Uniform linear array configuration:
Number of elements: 16
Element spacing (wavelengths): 0.25
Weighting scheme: cosine
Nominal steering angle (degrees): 30
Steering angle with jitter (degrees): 28.132
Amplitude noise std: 0.05
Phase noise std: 0.05

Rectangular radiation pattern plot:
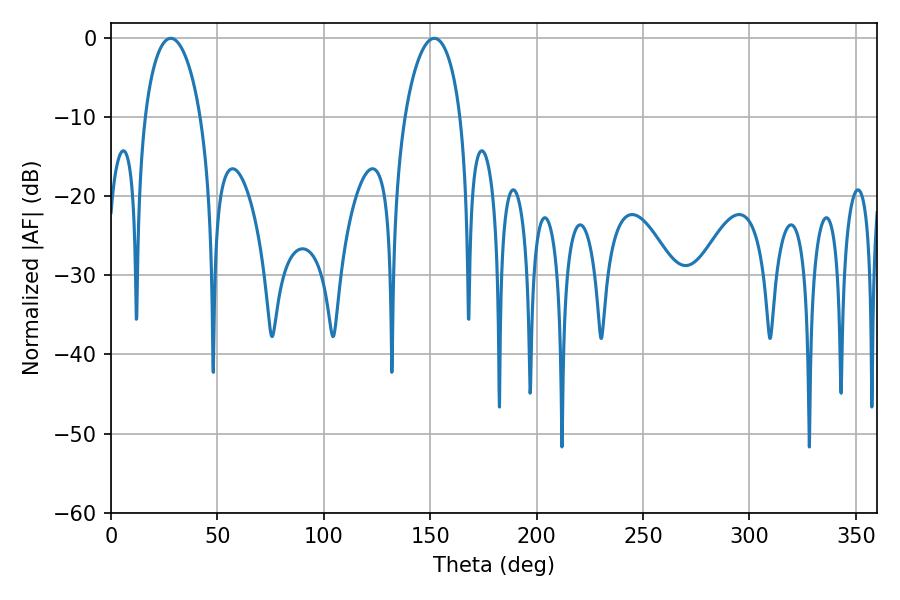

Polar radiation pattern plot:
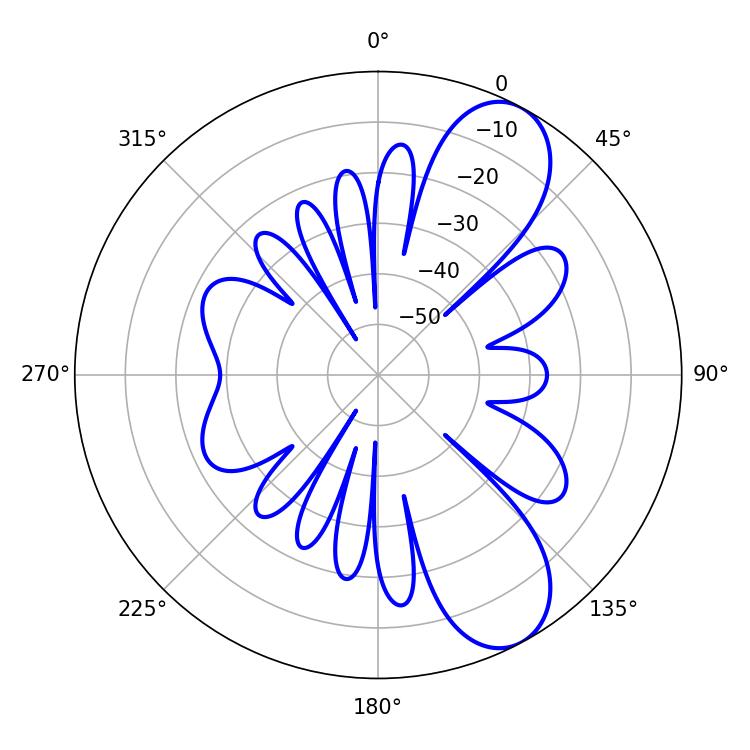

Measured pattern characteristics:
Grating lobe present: FALSE
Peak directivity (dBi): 8.81
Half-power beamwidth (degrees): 14.94
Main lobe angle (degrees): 28.08